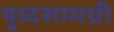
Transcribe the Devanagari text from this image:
युध्दसामग्री